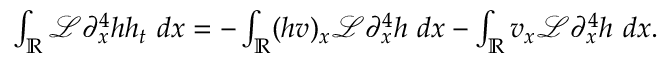
\begin{array} { r } { \int _ { \mathbb R } \mathscr { L } \partial _ { x } ^ { 4 } h h _ { t } \ d x = - \int _ { \mathbb R } ( h v ) _ { x } \mathscr { L } \partial _ { x } ^ { 4 } h \ d x - \int _ { \mathbb R } v _ { x } \mathscr { L } \partial _ { x } ^ { 4 } h \ d x . } \end{array}